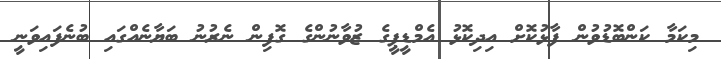
މިކަމާ ކަންބޮޑުވުން ފާޅުކޮށް އިދިކޮޅު އެމްޑީޕީގެ ޒުވާނުންގެ ގޮފިން ނެރުނު ބަޔާނެއްގައި ބުނެފައިވަނީ